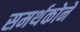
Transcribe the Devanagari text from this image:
समर्थकोने